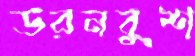
ডরনবুশ